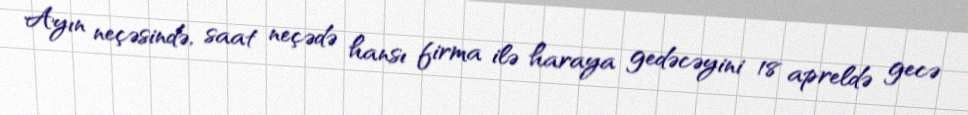
Ayın neçəsində, saat neçədə hansı firma ilə haraya gedəcəyini 18 apreldə gecə